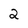
Character: 2